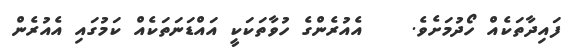
ފައިދާތަކެއް ހޯދުމަށެވެ.    އެއުރެންގެ ހުވާތަކަކީ އައްޑަނަތަކެއް ކަމުގައި އެއުރެން